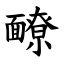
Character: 䩍